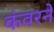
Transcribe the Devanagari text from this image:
कंवरने